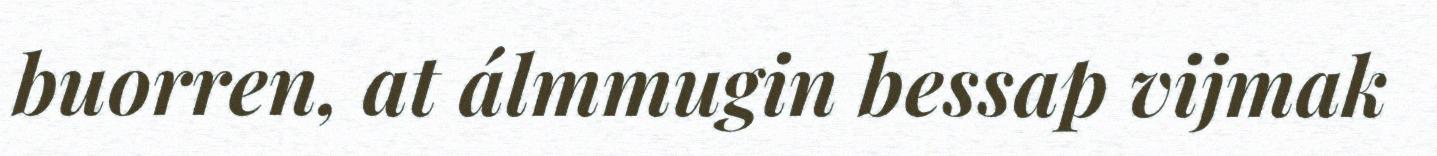
buorren, at álmmugin bessap vijmak